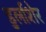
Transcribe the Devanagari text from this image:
डुर्लाशेर